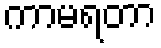
ကာမရတာ